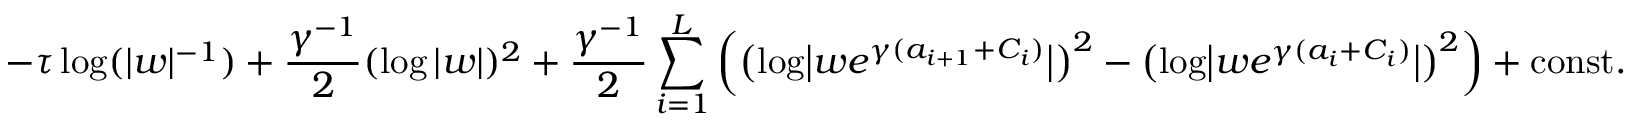
- \tau \log ( | w | ^ { - 1 } ) + \frac { \gamma ^ { - 1 } } { 2 } ( \log | w | ) ^ { 2 } + \frac { \gamma ^ { - 1 } } { 2 } \sum _ { i = 1 } ^ { L } \left( \bigl ( \log \bigl | w e ^ { \gamma ( a _ { i + 1 } + C _ { i } ) } \bigr | \bigr ) ^ { 2 } - \bigl ( \log \bigl | w e ^ { \gamma ( a _ { i } + C _ { i } ) } \bigr | \bigr ) ^ { 2 } \right) + \mathrm { c o n s t } .